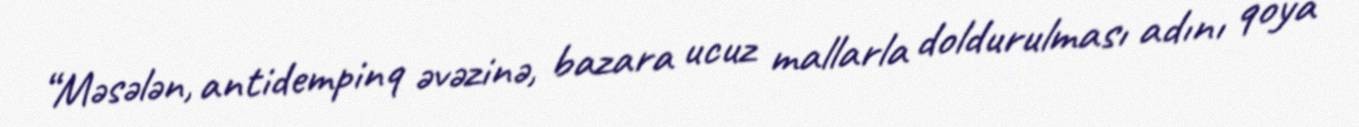
“Məsələn, antidempinq əvəzinə, bazara ucuz mallarla doldurulması adını qoya